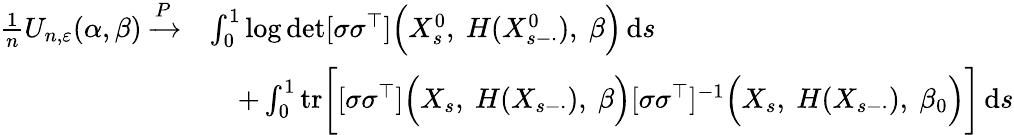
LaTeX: \begin{array}{rl}{\frac{1}{n}U_{n,\varepsilon}(\alpha,\beta)\xrightarrow{P}}&{\int_{0}^{1}\log\operatorname*{det}[\sigma\sigma^{\top}]\Bigl(X_{s}^{0},~H(X_{s-\cdot}^{0}),~\beta\Bigr)\, \mathrm{d}s}\\ &{\quad+\int_{0}^{1}\mathrm{tr}\bigg[[\sigma\sigma^{\top}]\Bigl(X_{s},~H(X_{s-\cdot}),~\beta\Bigr)[\sigma\sigma^{\top}]^{-1}\Bigl(X_{s},~H(X_{s-\cdot}),~\beta_{0}\Bigr)\bigg]\, \mathrm{d}s}\end{array}